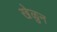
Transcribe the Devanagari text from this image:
खेळुन